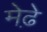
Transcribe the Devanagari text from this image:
मेढे़